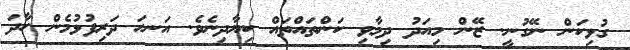
ގުޅިކަން ނޭގުނީ. ޒޭން މިއަދު ދިމާވި ކަންތައްތައް ކިޔާދިނެވެ. އަަނހަ ދަރިފުޅުމެން ހާދަ